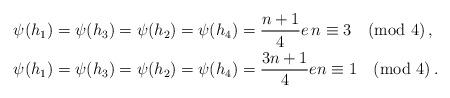
LaTeX: \begin{align*}\psi(h_1)&=\psi(h_3)=\psi(h_2)=\psi(h_4)=\frac{n+1}{4}e \, n\equiv 3 \pmod{4}\,,\\ \psi(h_1)&=\psi(h_3)=\psi(h_2)=\psi(h_4)=\frac{3n+1}{4}e n\equiv 1 \pmod{4}\,.\end{align*}